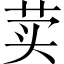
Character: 荬